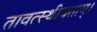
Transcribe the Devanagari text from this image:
तावत्स्थीयताम्।